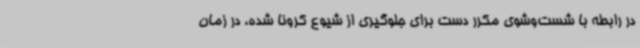
در رابطه با شست‌وشوی مکرر دست برای جلوگیری از شیوع کرونا شده، در زمان